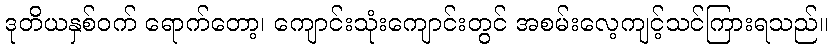
ဒုတိယနှစ်ဝက် ရောက်တော့၊ ကျောင်းသုံးကျောင်းတွင် အစမ်းလေ့ကျင့်သင်ကြားရသည်။